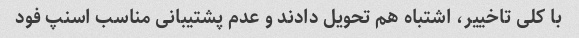
با کلی تاخییر، اشتباه هم تحویل دادند و عدم پشتیبانی مناسب اسنپ فود